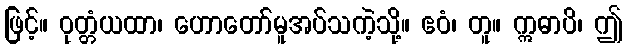
ဖြင့်။ ဝုတ္တံယထာ၊ ဟောတော်မူအပ်သကဲ့သို့။ ဧဝံ၊ တူ။ ဣဓာပိ၊ ဤ